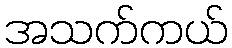
အသက်ကယ်